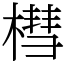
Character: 槥